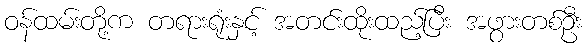
ဝန်ထမ်းတို့က တရားရုံးနှင့် အတင်းထိုးထည့်ပြီး အဖွားတစ်ဦး